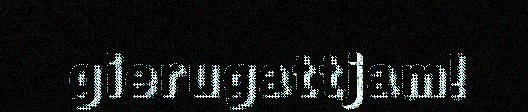
gierugattjam!